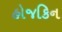
હોજકિન